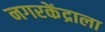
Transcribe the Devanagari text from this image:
नगरकेंद्राला